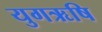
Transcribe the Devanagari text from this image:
युगऋषि